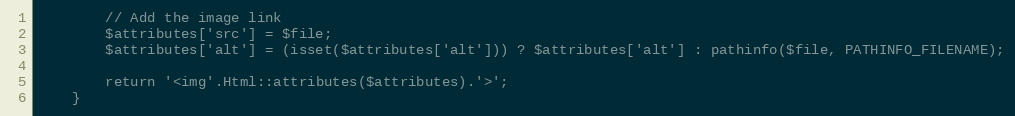
Language: PHP
        // Add the image link
        $attributes['src'] = $file;
        $attributes['alt'] = (isset($attributes['alt'])) ? $attributes['alt'] : pathinfo($file, PATHINFO_FILENAME);

        return '<img'.Html::attributes($attributes).'>';
    }